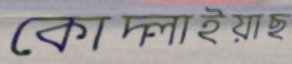
কোদ্‌লাইয়াছ